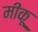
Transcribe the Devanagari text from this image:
मीकू